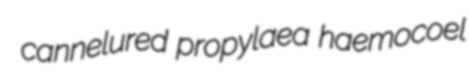
cannelured propylaea haemocoel